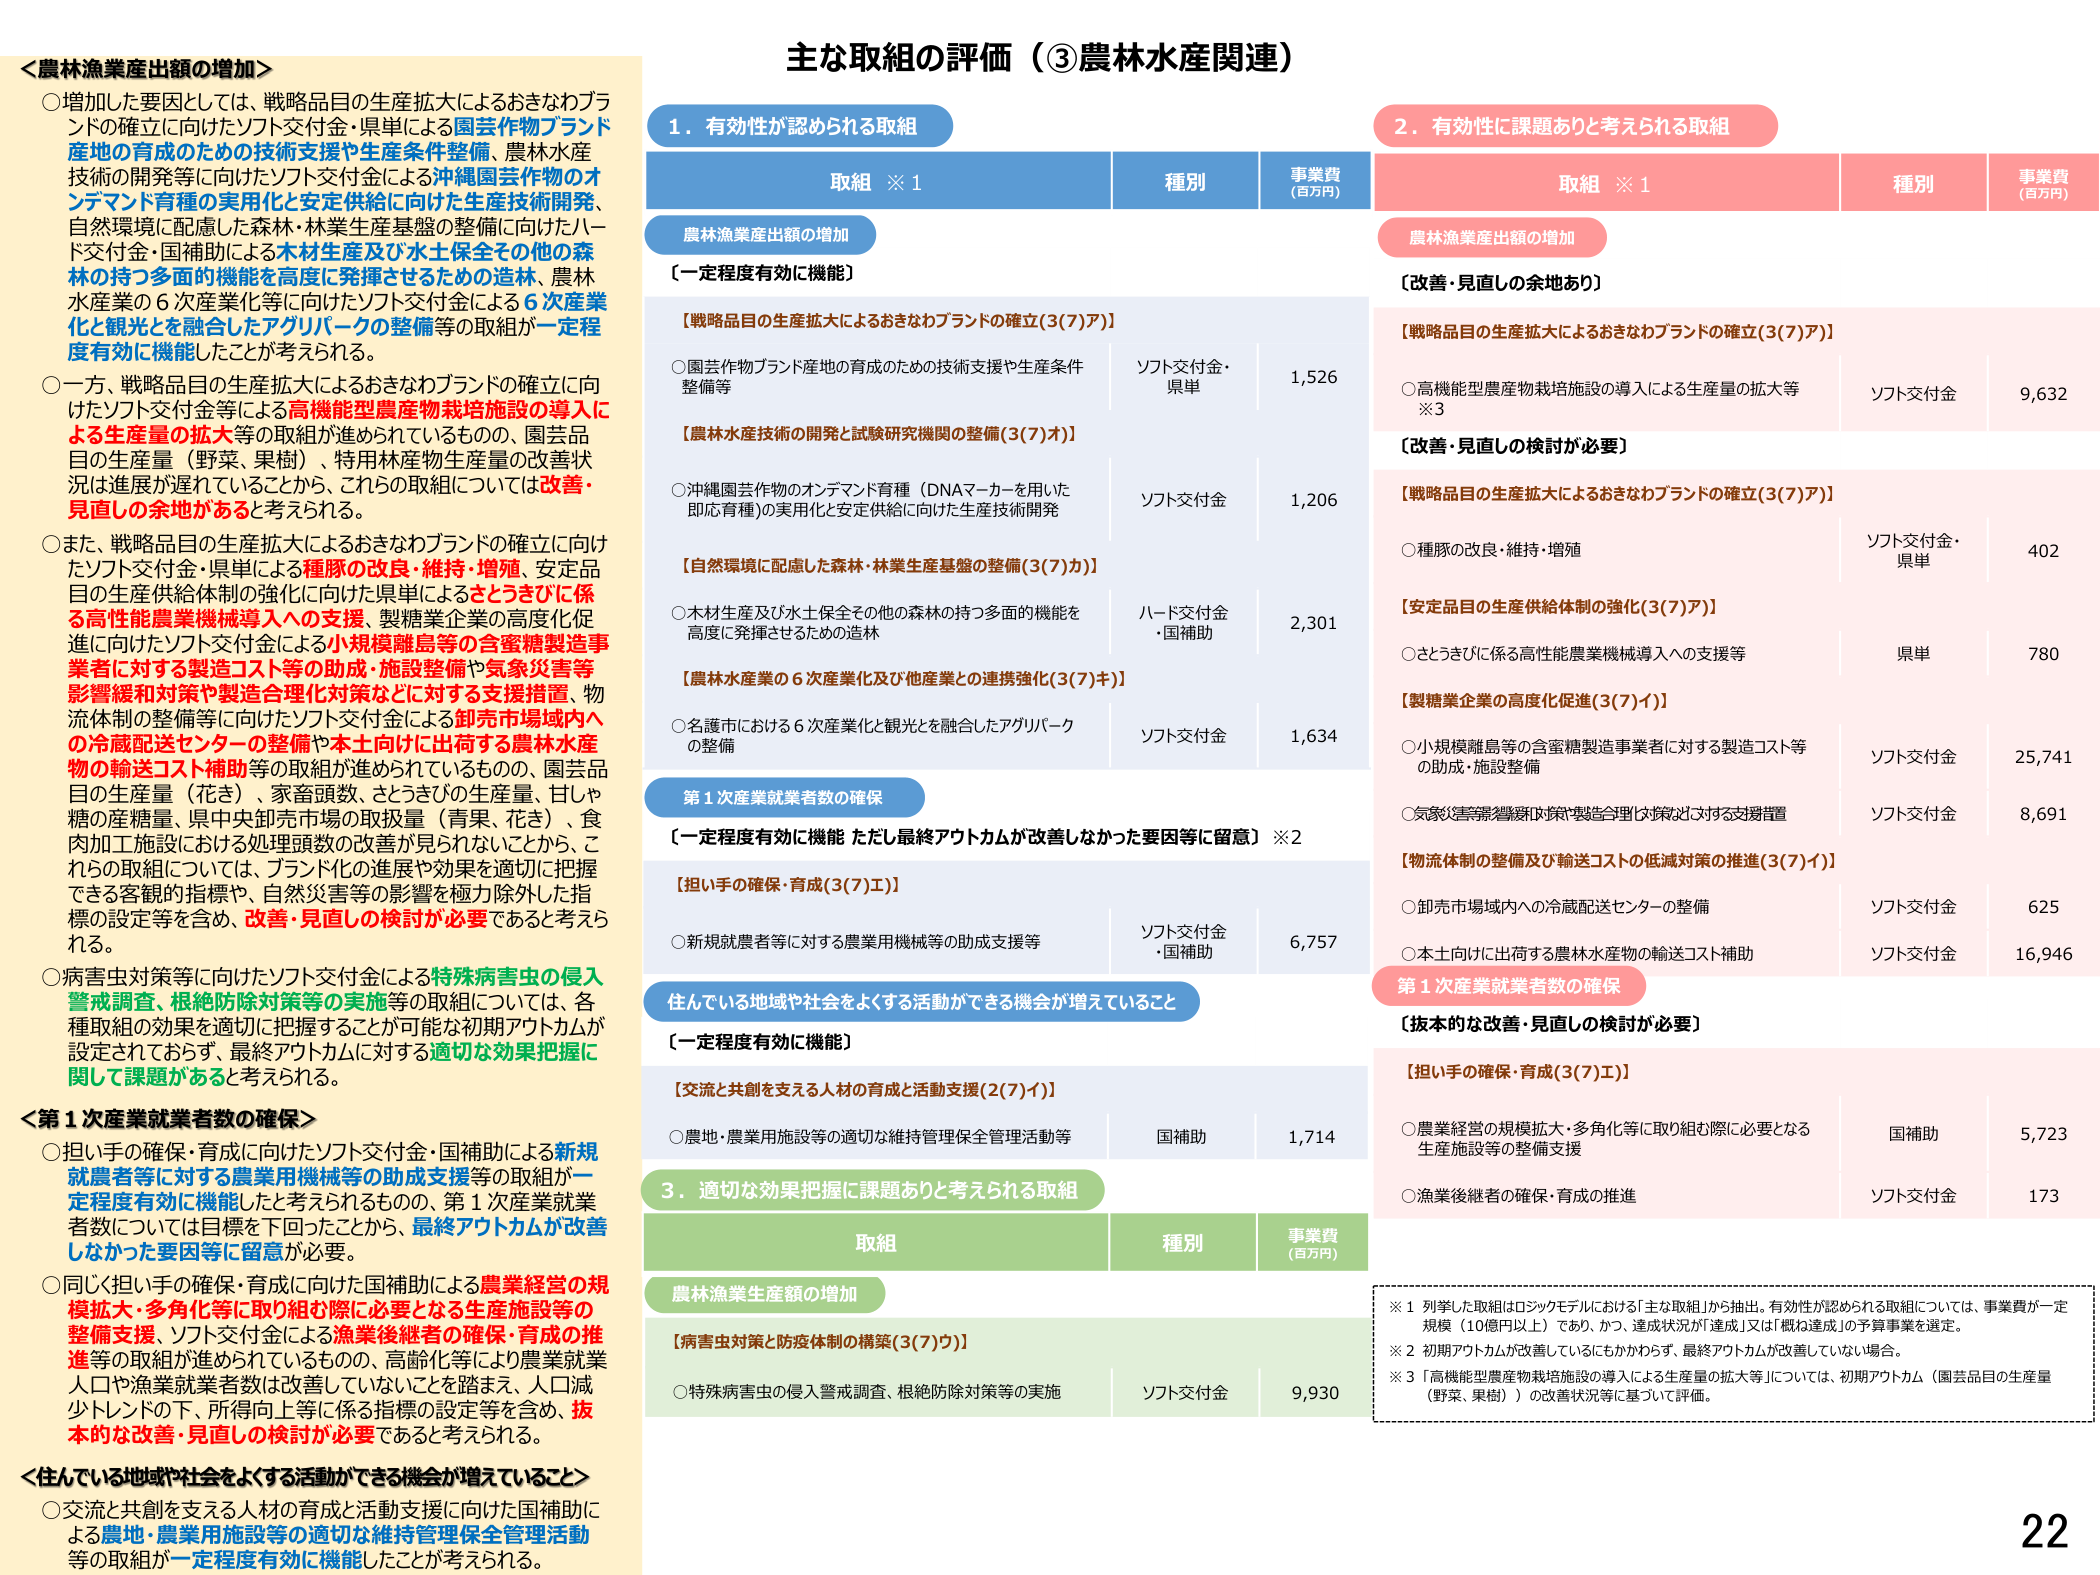
主な取組の評価（③農林水産関連）

＜農林漁業産出額の増加＞
○増加した要因としては、戦略品目の生産拡大によるおきなわブランドの確立に向けたソフト交付金・県単による園芸作物ブランド産地の育成のための技術支援や生産条件整備、農林水産技術の開発等に向けたソフト交付金による沖縄園芸作物のオンデマンド育種の実用化と安定供給に向けた生産技術開発、自然環境に配慮した森林・林業生産基盤の整備に向けたハード交付金・国補助による木材生産及び水土保全その他の森林の持つ多面的機能を高度に発揮させるための造林、農林水産業の６次産業化等に向けたソフト交付金による６次産業化と観光を融合したアグリパークの整備等の取組が一定程度有効に機能したことが考えられる。
○一方、戦略品目の生産拡大によるおきなわブランドの確立に向けたソフト交付金等による高機能型農産物栽培施設の導入による生産量の拡大等の取組が進められているものの、園芸品目の生産量（野菜、果樹）、特用林産物生産量の改善状況は進展が遅れていることから、これらの取組については改善・見直しの余地があると考えられる。
○また、戦略品目の生産拡大によるおきなわブランドの確立に向けたソフト交付金・県単による種豚の改良・維持・増殖、安定品目の生産供給体制の強化に向けた県単によるさとうきびに係る高性能農業機械導入への支援、製糖業企業の高度化促進に向けたソフト交付金による小規模離島等の含蜜糖製造事業者に対する製造コスト等の助成・施設整備や気象災害等影響緩和対策や製造合理化対策などに対する支援措置、物流体制の整備等に向けたソフト交付金による卸売市場域内への冷蔵配送センターの整備や本土向けに出荷する農林水産物の輸送コスト補助等の取組が進められているものの、園芸品目の生産量（花き）、家畜頭数、さとうきびの生産量、甘しゃ糖の産糖量、県中央卸売市場の取扱量（青果、花き）、食肉加工施設における処理頭数の改善が見られないことから、これらの取組については、ブランド化の進展や効果を適切に把握できる客観的指標や、自然災害等の影響を極力除外した指標の設定等を含め、改善・見直しの検討が必要であると考えられる。
○病害虫対策等に向けたソフト交付金による特殊病害虫の侵入警戒調査、根絶防除対策等の実施等の取組については、各種取組の効果を適切に把握することが可能な初期アウトカムが設定されておらず、最終アウトカムに対する適切な効果把握に関して課題があると考えられる。

＜第１次産業就業者数の確保＞
○担い手の確保・育成に向けたソフト交付金・国補助による新規就業者等に対する農業用機械等の助成支援等の取組が一定程度有効に機能したと考えられるものの、第１次産業就業者数については目標を下回ったことから、最終アウトカムが改善しなかった要因等に留意が必要。
○同じく担い手の確保・育成に向けた国補助による農業経営の規模拡大・多角化等に取り組む際に必要となる生産施設等の整備支援、ソフト交付金による漁業後継者の確保・育成の推進等の取組が進められているものの、高齢化等により農業就業人口や漁業就業者数は改善していないことを踏まえ、人口減少トレンドの下、所得向上等に係る指標の設定等を含め、抜本的な改善・見直しの検討が必要であると考えられる。

＜住んでいる地域や社会をよくする活動ができる機会が増えていること＞
○交流と共創を支える人材の育成と活動支援に向けた国補助による農地・農業用施設等の適切な維持管理保全管理活動等の取組が一定程度有効に機能したことが考えられる。

１．有効性が認められる取組
取組 ※１ 種別 事業費（百万円）
農林漁業産出額の増加
〔一定程度有効に機能〕
【戦略品目の生産拡大によるおきなわブランドの確立（3(7)ア）】
○園芸作物ブランド産地の育成のための技術支援や生産条件整備等 ソフト交付金・県単 1,526
【農林水産技術の開発と試験研究機関の整備（3(7)オ）】
○沖縄園芸作物のオンデマンド育種（DNAマーカーを用いた即応育種）の実用化と安定供給に向けた生産技術開発 ソフト交付金 1,206
【自然環境に配慮した森林・林業生産基盤の整備（3(7)カ）】
○木材生産及び水土保全その他の森林の持つ多面的機能を高度に発揮させるための造林 ハード交付金・国補助 2,301
【農林水産業の６次産業化及び他産業との連携強化（3(7)キ）】
○名護市における６次産業化と観光を融合したアグリパークの整備 ソフト交付金 1,634
第１次産業就業者数の確保
〔一定程度有効に機能 ただし最終アウトカムが改善しなかった要因等に留意〕※２
【担い手の確保・育成（3(7)エ）】
○新規就業者等に対する農業用機械等の助成支援等 ソフト交付金・国補助 6,757
住んでいる地域や社会をよくする活動ができる機会が増えていること
〔一定程度有効に機能〕
【交流と共創を支える人材の育成と活動支援（2(7)イ）】
○農地・農業用施設等の適切な維持管理保全管理活動等 国補助 1,714

２．有効性に課題ありと考えられる取組
取組 ※１ 種別 事業費（百万円）
農林漁業産出額の増加
〔改善・見直しの余地あり〕
【戦略品目の生産拡大によるおきなわブランドの確立（3(7)ア）】
○高機能型農産物栽培施設の導入による生産量の拡大等※3 ソフト交付金 9,632
〔改善・見直しの検討が必要〕
【戦略品目の生産拡大によるおきなわブランドの確立（3(7)ア）】
○種豚の改良・維持・増殖 ソフト交付金・県単 402
【安定品目の生産供給体制の強化（3(7)ア）】
○さとうきびに係る高性能農業機械導入への支援等 県単 780
【製糖業企業の高度化促進（3(7)イ）】
○小規模離島等の含蜜糖製造事業者に対する製造コスト等の助成・施設整備 ソフト交付金 25,741
○気象災害等影響緩和対策や製造合理化対策に対する支援措置 ソフト交付金 8,691
【物流体制の整備及び輸送コストの低減対策の推進（3(7)イ）】
○卸売市場域内への冷蔵配送センターの整備 ソフト交付金 625
○本土向けに出荷する農林水産物の輸送コスト補助 ソフト交付金 16,946
第１次産業就業者数の確保
〔抜本的な改善・見直しの検討が必要〕
【担い手の確保・育成（3(7)エ）】
○農業経営の規模拡大・多角化等に取り組む際に必要となる生産施設等の整備支援 国補助 5,723
○漁業後継者の確保・育成の推進 ソフト交付金 173

３．適切な効果把握に課題ありと考えられる取組
取組 種別 事業費（百万円）
農林漁業生産額の増加
【病害虫対策と防疫体制の構築（3(7)ウ）】
○特殊病害虫の侵入警戒調査、根絶防除対策等の実施 ソフト交付金 9,930

※１ 列挙した取組はロジックモデルにおける「主な取組」から抽出。有効性が認められる取組については、事業費が一定規模（10億円以上）であり、かつ、達成状況が「達成」又は「概ね達成」の予算事業を選定。
※２ 初期アウトカムが改善しているにもかかわらず、最終アウトカムが改善していない場合。
※３ 「高機能型農産物栽培施設の導入による生産量の拡大等」については、初期アウトカム（園芸品目の生産量（野菜、果樹））の改善状況等に基づいて評価。

22